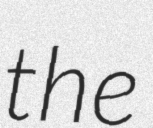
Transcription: the